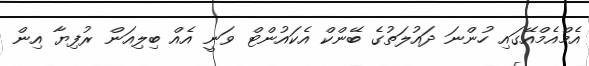
އެމްއެމްއޭގައި ހުންނަ ދައުލަތުގެ ބޭންކް އެކައުންޓް ވަނީ އެއް ބިލިއަން ރުފިޔާ އިން